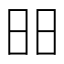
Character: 昍